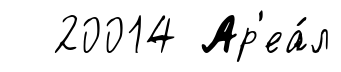
20014 Ар'еа́л